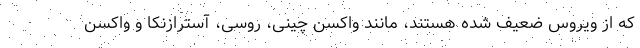
که از ویروس ضعیف شده هستند، مانند واکسن چینی، روسی، آسترازنکا و واکسن